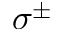
\sigma ^ { \pm }